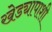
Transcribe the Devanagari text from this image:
खेड्यापाशी